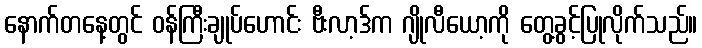
နောက်တနေ့တွင် ဝန်ကြီးချုပ်ဟောင်း ဗီးလာ့ဒ်က ဂျိုလီယော့ကို တွေ့ခွင့်ပြုလိုက်သည်။